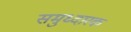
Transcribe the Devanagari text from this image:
समुध्दारक